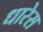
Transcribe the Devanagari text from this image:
धारेस